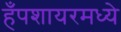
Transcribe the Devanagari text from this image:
हँपशायरमध्ये